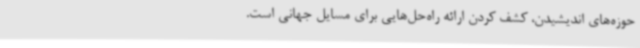
حوزه‌های اندیشیدن، کشف کردن ارائه راه‌حل‌هایی برای مسایل جهانی است.